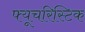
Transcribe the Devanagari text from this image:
फ्यूचरिस्टिक